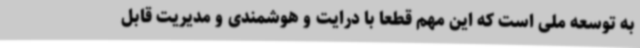
به توسعه ملی است که این مهم قطعا با درایت و هوشمندی و مدیریت قابل